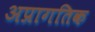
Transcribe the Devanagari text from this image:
अप्रागतिक